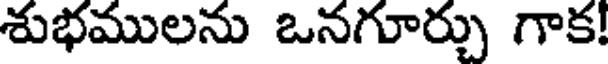
శుభములను ఒనగూర్చు గాక!